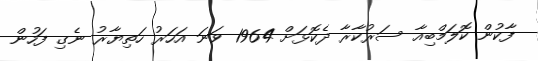
ފާކުން ކޮލަމްބިއާ ސަރުކާރާ ދެކޮޅަށް 1964 ވަނަ އަހަރު ހަތިޔާރު ނެގި ފަހުން